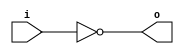
module ones #(
    parameter	WIDTH = 1
) (
    input	[WIDTH-1:0]	i,

    output	[WIDTH-1:0]	o
);

`ifdef USE_SYNTH_METHOD

    // Verilog synthesis will perform the operation with some syntactic sugar
    assign o = ~i;

`else

    // Negate / invert
    genvar geni;
    generate //: gennot
        for (geni = 0; geni < WIDTH; geni = geni + 1) begin			// loop WIDTH times, from 0
            assign o[geni] = ~i[geni];
        end
    endgenerate

`endif

endmodule